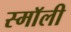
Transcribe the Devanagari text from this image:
स्माॅली